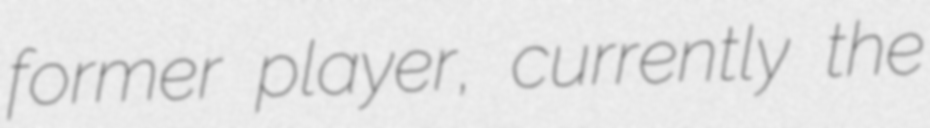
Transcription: former player, currently the